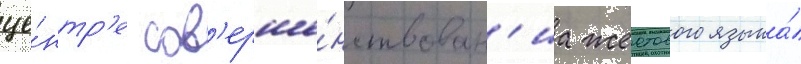
це́нтр'е сов'ерше́нствован'иа жестового языка́